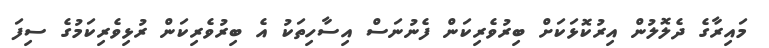
މައިރާގެ ދެލޮލުން އިރުކޮޅަކަށް ބިރުވެރިކަން ފެނުނަސް އިސާހިތަކު އެ ބިރުވެރިކަން ރުޅިވެރިކަމުގެ ސިފަ